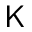
\mathsf { K }